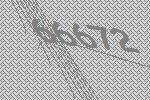
66672